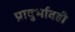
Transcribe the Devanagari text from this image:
प्रादुर्भावही